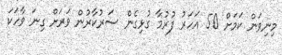
މިނިވަން ކަމަށް 50 އަހަރު ފުރުމާ ގުޅިގެން ސަރުކާރުން ވަރަށް ގިނަ ވާހަކަ